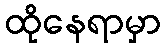
ထိုနေရာမှာ